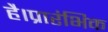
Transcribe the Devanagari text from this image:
है।प्रारंभिक